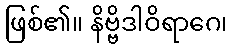
ဖြစ်၏။ နိဗ္ဗိဒါဝိရာဂေ၊